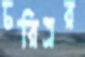
চরিত্রর